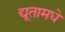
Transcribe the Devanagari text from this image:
द्यूतामधे